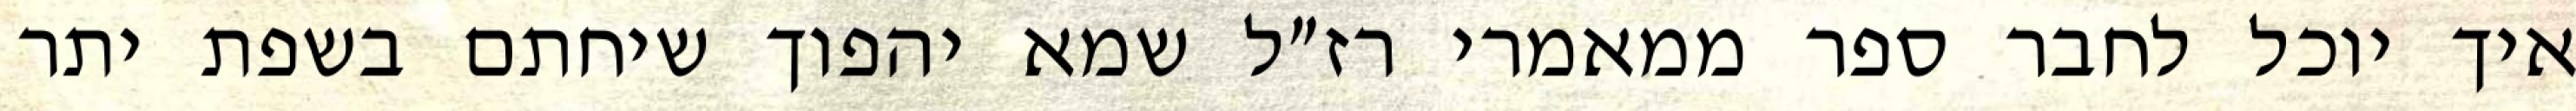
איך יוכל לחבר ספר ממאמרי רז״ל שמא יהפוך שיחתם בשפת יתר